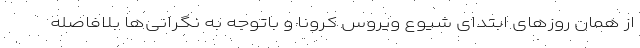
از همان روزهای ابتدای شیوع ویروس کرونا و باتوجه به نگرانی‌ها بلافاصله